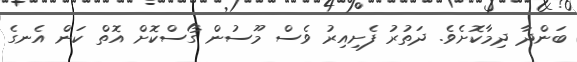
ބަންދާ ދިމާކޮށެވެ. ދަތުރު ފެށިއިރު ވެސް މޫސުން ގޯސްކޮށް އޮތް ކަން އެނގެ